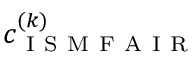
c _ { \mathrm { ~ I ~ S ~ M ~ F ~ A ~ I ~ R ~ } } ^ { ( k ) }